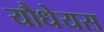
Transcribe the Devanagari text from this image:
यौधेयस